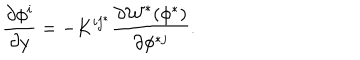
{ \frac { \partial \phi ^ { i } } { \partial y } } = - K ^ { i j ^ { * } } \frac { \partial { \cal W } ^ { * } ( \phi ^ { * } ) } { \partial \phi ^ { * j } } .